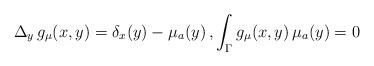
LaTeX: \begin{align*} \Delta_y \, g_\mu(x,y) = \delta_x(y) - \mu_a(y) \, , \int_\Gamma g_\mu(x,y) \, \mu_a(y) =0 \end{align*}